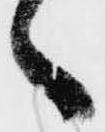
ゝ